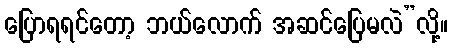
ပြောရရင်တော့ ဘယ်လောက် အဆင်ပြေမလဲ”လို့။